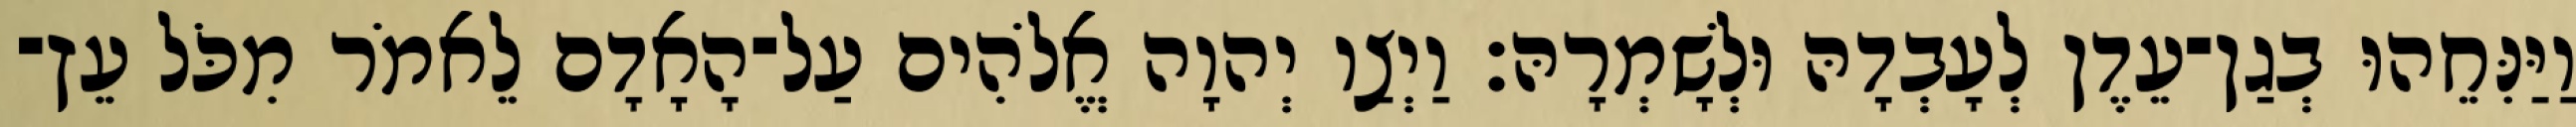
וַיַּנִּחֵהוּ בְגַן־עֵדֶן לְעָבְדָהּ וּלְשָׁמְרָהּ׃ וַיְצַו יְהוָה אֱלֹהִים עַל־הָאָדָם לֵאמֹר מִכֹּל עֵץ־